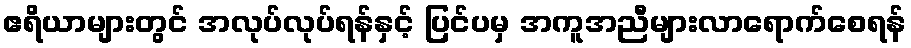
ဧရိယာများတွင် အလုပ်လုပ်ရန်နှင့် ပြင်ပမှ အကူအညီများလာရောက်စေရန်